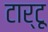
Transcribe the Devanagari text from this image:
टार्टू